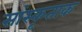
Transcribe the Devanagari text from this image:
सांस्कृताक